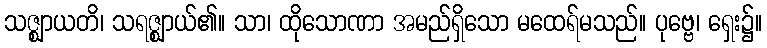
သဇ္ဈာယတိ၊ သရဇ္ဈာယ်၏။ သာ၊ ထိုသောဏာ အမည်ရှိသော မထေရ်မသည်။ ပုဗ္ဗေ၊ ရှေး၌။